Treatise on elephants
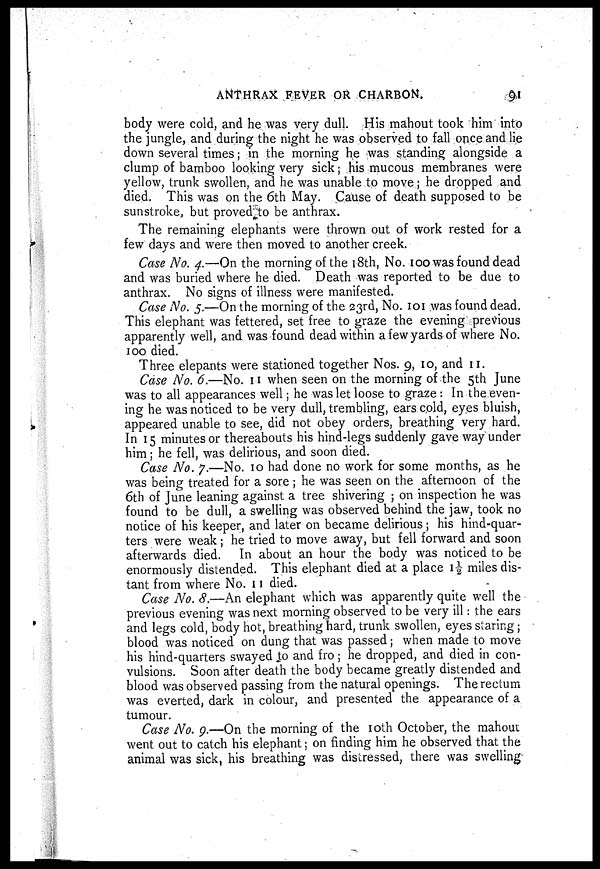
ANTHRAX FEVER OR CHARBON.
91
body were cold, and he was very dull. His mahout took him into
the jungle, and during the night he was observed to fall once and lie
down several times; in the morning he was standing alongside a
clump of bamboo looking very sick; his mucous membranes were
yellow, trunk swollen, and he was unable to move; he dropped and
died. This was on the 6th May. Cause of death supposed to be
sunstroke, but proved to be anthrax.
The remaining elephants were thrown out of work rested for a
few days and were then moved to another creek.
Case No. 4.—On the morning of the 18th, No. 100 was found dead
and was buried where he died. Death was reported to be due to
anthrax. No signs of illness were manifested.
Case No. 5.—On the morning of the 23rd, No. 101 was found dead.
This elephant was fettered, set free to graze the evening previous
apparently well, and was found dead within a few yards of where No.
100 died.
Three elepants were stationed together Nos. 9, 10, and 11.
Case No. 6.—No. 11 when seen on the morning of the 5th June
was to all appearances well; he was let loose to graze: In the even-
ing he was noticed to be very dull, trembling, ears cold, eyes bluish,
appeared unable to see, did not obey orders, breathing very hard.
In 15 minutes or thereabouts his hind-legs suddenly gave way under
him; he fell, was delirious, and soon died.
Case No. 7.—No. 10 had done no work for some months, as he
was being treated for a sore ; he was seen on the afternoon of the
6th of June leaning against a tree shivering ; on inspection he was
found to be dull, a swelling was observed behind the jaw, took no
notice of his keeper, and later on became delirious; his hind-quar-
ters were weak; he tried to move away, but fell forward and soon
afterwards died. In about an hour the body was noticed to be
enormously distended. This elephant died at a place 1½ miles dis-
tant from where No. 11 died.
Case No. 8.—An elephant which was apparently quite well the
previous evening was next morning observed to be very ill: the ears
and legs cold, body hot, breathing hard, trunk swollen, eyes staring;
blood was noticed on dung that was passed; when made to move
his hind-quarters swayed to and fro; he dropped, and died in con-
vulsions. Soon after death the body became greatly distended and
blood was observed passing from the natural openings. The rectum
was everted, dark in colour, and presented the appearance of a
tumour.
Case No. 9.—On the morning of the 10th October, the mahout
went out to catch his elephant; on finding him he observed that the
animal was sick, his breathing was distressed, there was swelling